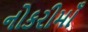
નોકરીમાઁ